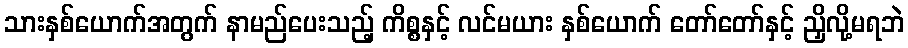
သားနှစ်ယောက်အတွက် နာမည်ပေးသည့် ကိစ္စနှင့် လင်မယား နှစ်ယောက် တော်တော်နှင့် ညှိလို့မရဘဲ